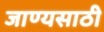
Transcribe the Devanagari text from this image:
जाण्यसाठी